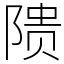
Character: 𬯎